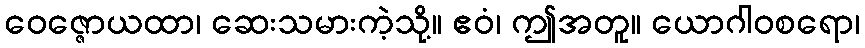
ဝေဇ္ဇောယထာ၊ ဆေးသမားကဲ့သို့။ ဧဝံ၊ ဤအတူ။ ယောဂါဝစရော၊